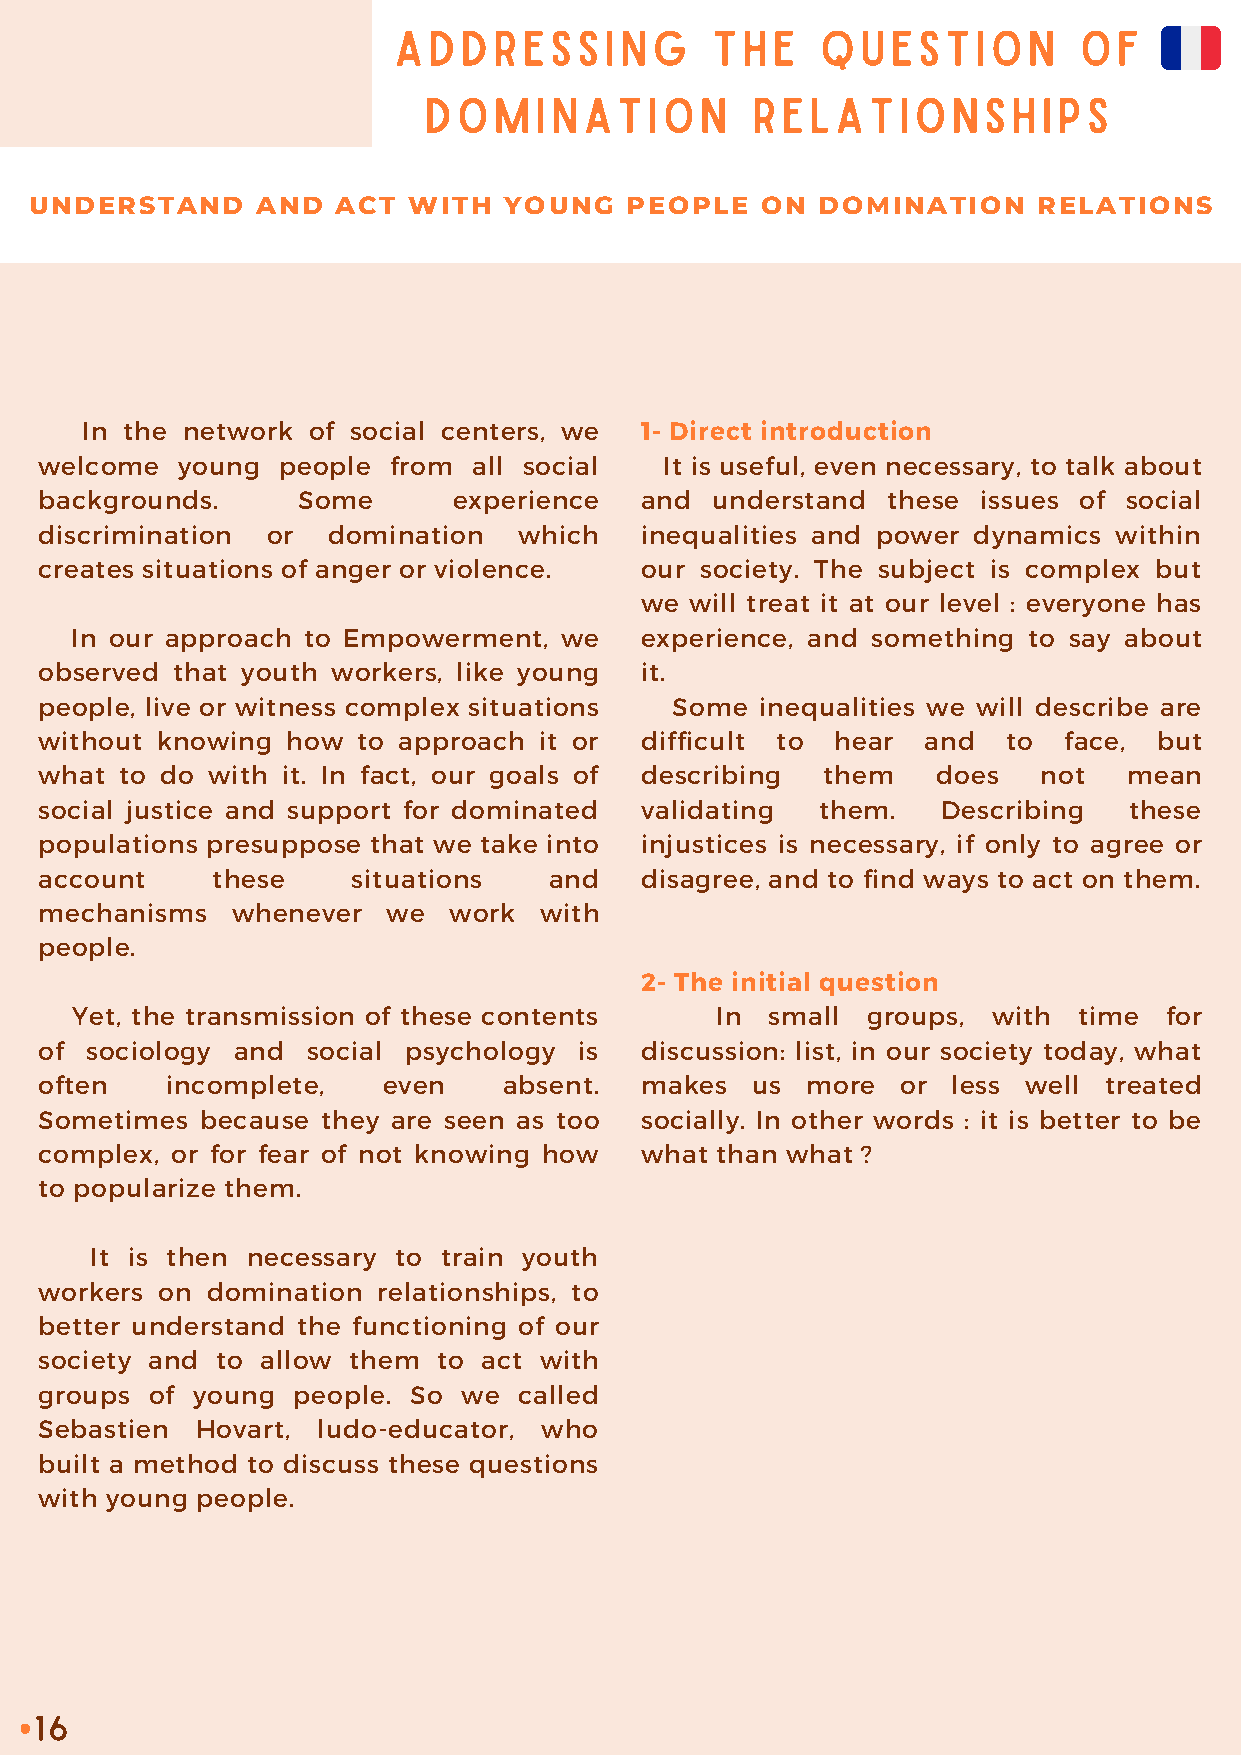
ADDRESSING           THE    QUESTION         OF
 DOMINATION            RELATIONSHIPS
 UNDERSTAND     AND  ACT  WITH  YOUNG   PEOPLE   ON  DOMINATION     RELATIONS
 In the network of social centers, we 1- Direct introduction
 welcome  young people  from all social   It is useful, even necessary, to talk about
 backgrounds.     Some      experience  and  understand  these issues of social
 discrimination or  domination  which   inequalities and power dynamics within
 creates situations of anger or violence. our society. The subject is complex but
 we  will treat it at our level : everyone has
 In our approach to Empowerment, we   experience, and something to say about
 observed that youth workers, like young it.
 people, live or witness complex situations Some inequalities we will describe are
 without knowing how  to approach it or difficult to hear  and   to face,  but
 what to do with it. In fact, our goals of describing them  does   not   mean
 social justice and support for dominated validating them.  Describing   these
 populations presuppose that we take into injustices is necessary, if only to agree or
 account    these    situations   and   disagree, and to find ways to act on them.
 mechanisms  whenever   we  work  with
 people.
 2- The initial question
 Yet, the transmission of these contents   In  small groups,  with time  for
 of sociology and social psychology is  discussion: list, in our society today, what
 often   incomplete,   even    absent.  makes   us more   or less well treated
 Sometimes because they are seen as too socially. In other words : it is better to be
 complex, or for fear of not knowing how what than what ?
 to popularize them.
 It is then necessary to train youth
 workers on domination relationships, to
 better understand the functioning of our
 society and to allow them to act with
 groups of young people. So  we called
 Sebastien Hovart, ludo-educator, who
 built a method to discuss these questions
 with young people.
 16
 •